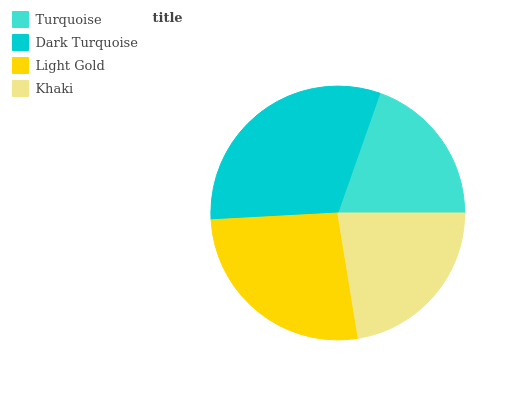
| Turquoise | Dark Turquoise | Light Gold | Khaki |
 | --- | --- | --- | --- |
 | 19.6% | 31.2% | 26.8% | 22.5% |